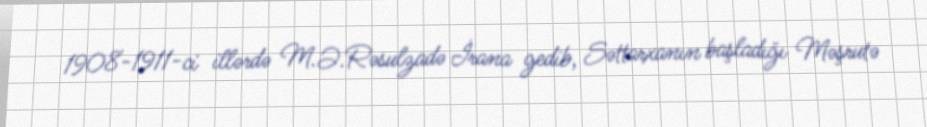
1908-1911-ci illərdə M.Ə.Rəsulzadə İrana gedib, Səttarxanın başladığı Məşrutə